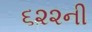
૬૨૨ની